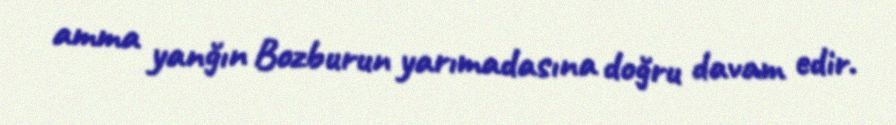
amma yanğın Bozburun yarımadasına doğru davam edir.